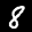
Label: 8